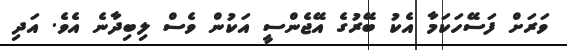
ވަރަށް ފަސޭހަކަމާ އެކު ބޭރުގެ އޭޖެންސީ އަކުން ވެސް ލިބިދާނެ އެވެ. އަދި